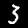
Label: 3